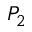
P _ { 2 }